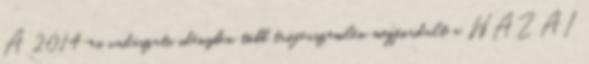
A 2014-es vadászati idényben több trófeaszemlén megfordult a HAZAI